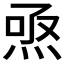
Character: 焏